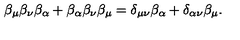
\beta _ { \mu } \beta _ { \nu } \beta _ { \alpha } + \beta _ { \alpha } \beta _ { \nu } \beta _ { \mu } = \delta _ { \mu \nu } \beta _ { \alpha } + \delta _ { \alpha \nu } \beta _ { \mu } .